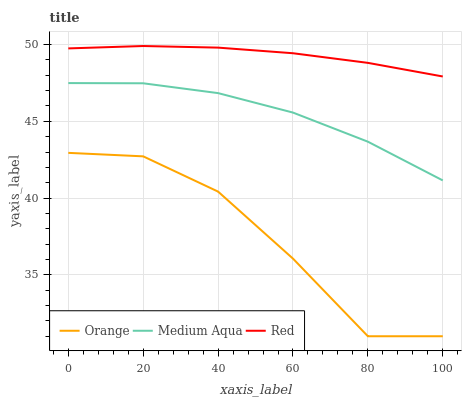
| xaxis_label | Orange | Medium Aqua | Red |
 | --- | --- | --- | --- |
 | 0 | 42.9 | 47.5 | 49.7 |
 | 20 | 42.7 | 47.5 | 49.9 |
 | 40 | 40.4 | 46.8 | 49.8 |
 | 60 | 36.1 | 45.6 | 49.4 |
 | 80 | 31 | 43.7 | 48.8 |
 | 100 | 31 | 41.1 | 47.9 |